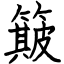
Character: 簸